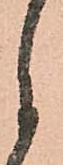
月